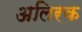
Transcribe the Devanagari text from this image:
अलिरक